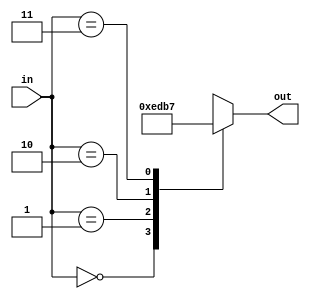
`timescale 1ns / 1ps
//////////////////////////////////////////////////////////////////////////////////
// Company: 
// Engineer: 
// 
// Design Name: 
// Module Name:    decoder_2to4 
// Project Name: 
// Target Devices: 
// Tool versions: 
// Description: 
//
// Dependencies: 
//
// Revision: 
// Revision 0.01 - File Created
// Additional Comments: 
//
//////////////////////////////////////////////////////////////////////////////////
module decoder_2to4(
    input [1:0] in,
    output reg [3:0] out
    );
always @(*)
	case (in)
		0: out = 4'b1110;
		1: out = 4'b1101;
		2: out = 4'b1011;
		3: out = 4'b0111;
		default: out = 4'b1111;
	endcase

endmodule